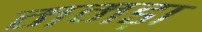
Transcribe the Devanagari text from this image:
ममड़ा